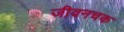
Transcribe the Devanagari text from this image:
जीवनचक